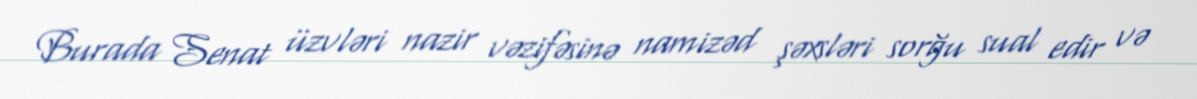
Burada Senat üzvləri nazir vəzifəsinə namizəd şəxsləri sorğu sual edir və